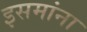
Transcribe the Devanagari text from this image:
इसमांना